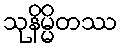
သုနိမ္မိတဿ